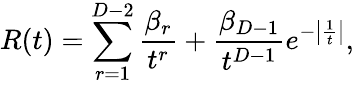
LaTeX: R(t)=\sum_{r=1}^{D-2}{\frac{\beta_{r}}{t^{r}}}+{\frac{\beta_{D-1}}{t^{D-1}}}e^{-\left|{\frac{1}{t}}\right|},